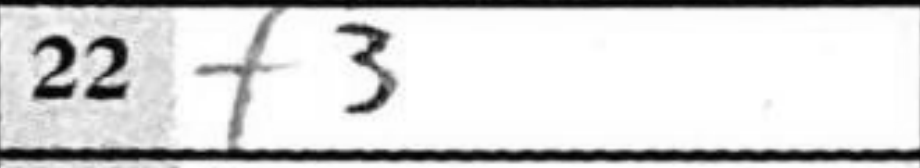
Transcription: b3